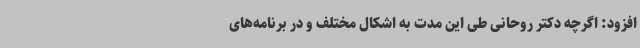
افزود: اگرچه دکتر روحانی طی این مدت به اشکال مختلف و در برنامه‌های